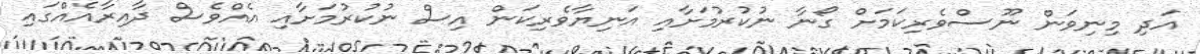
އަދި މިނިވަން ނޫސްވެރިކަމަށް ގޯނާ ނުކުރުމަށާއި އަނިޔާވެރިކަން އިސް ނުކުރުމަށާއި އެއްވެސް ދާއިރާއެއްގައި